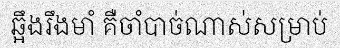
ឆ្អឹងរឹងមាំ គឺចាំបាច់ណាស់សម្រាប់